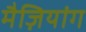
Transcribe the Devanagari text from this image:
मैज़ियांग